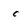
Character: c